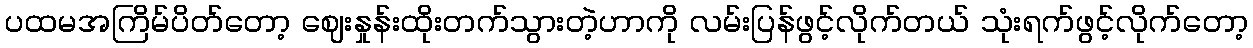
ပထမအကြိမ်ပိတ်တော့ ဈေးနှုန်းထိုးတက်သွားတဲ့ဟာကို လမ်းပြန်ဖွင့်လိုက်တယ် သုံးရက်ဖွင့်လိုက်တော့